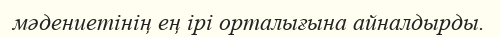
мәдениетінің ең ірі орталығына айналдырды.